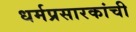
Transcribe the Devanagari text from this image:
धर्मप्रसारकांची